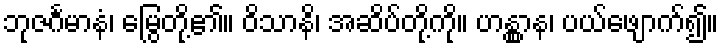
ဘုဇင်္ဂမာနံ၊ မြွေတို့၏။ ဝိသာနိ၊ အဆိပ်တို့ကို။ ဟန္တွာန၊ ပယ်ဖျောက်၍။